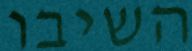
השיבו